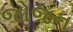
જોજન